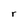
Character: r